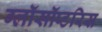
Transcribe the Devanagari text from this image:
ग्लॉसॉप्टरिस